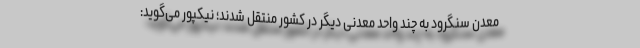
معدن سنگرود به چند واحد معدنی دیگر در کشور منتقل شدند؛ نیکپور می‌گوید: